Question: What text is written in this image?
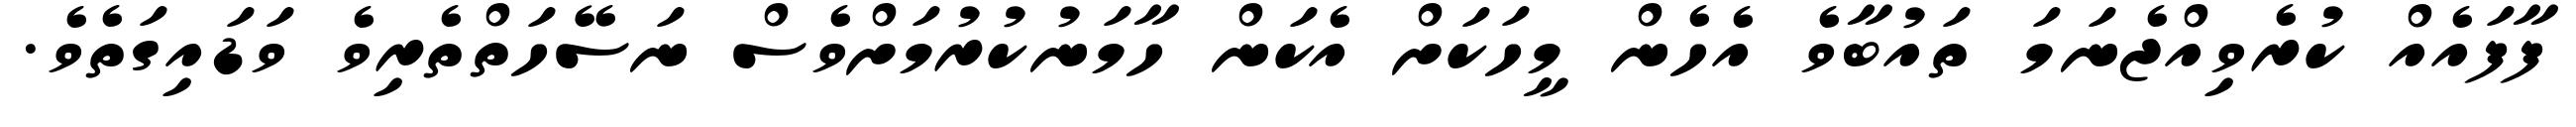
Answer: ފާފައެއް ކުރެވިއްޖެނަމަ ތައުބާވެ އެހެން މީހަކަށް އެކަން ހާމަނުކުރުމަށްވެސް ނަސޭހަތްތެރިވެ ވަޑައިގަތެވެ.